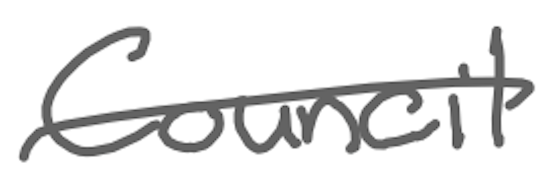
Text: Council
Cross-out: single-line
Writing tool: digital_gray